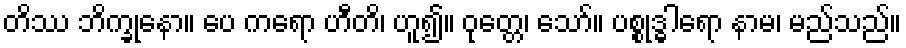
တိဿ ဘိက္ခုနော။ ပေ ကရော ဟီတိ၊ ဟူ၍။ ဝုတ္တေ၊ သော်။ ပစ္စုဒ္ဓါရော နာမ၊ မည်သည်။